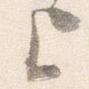
上